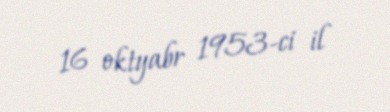
16 oktyabr 1953-ci il